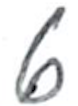
Text: 6
Cross-out: clean
Writing tool: ballpoint